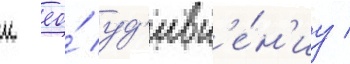
к ео́ уд'ивл'е́н'иу /